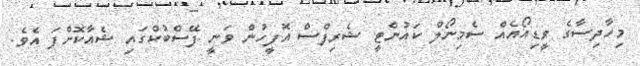
މިހާދިސާގެ ވީޑިއޯއެއް ސެމިނޯލް ކައުންޓީ ޝެރިފްސް އޮފީހުން ވަނީ ފޭސްބުކްގައި ޝެއާކޮށްފަ އެވެ.